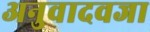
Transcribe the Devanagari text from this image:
अनुवादवजा